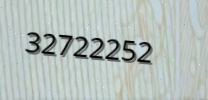
32722252